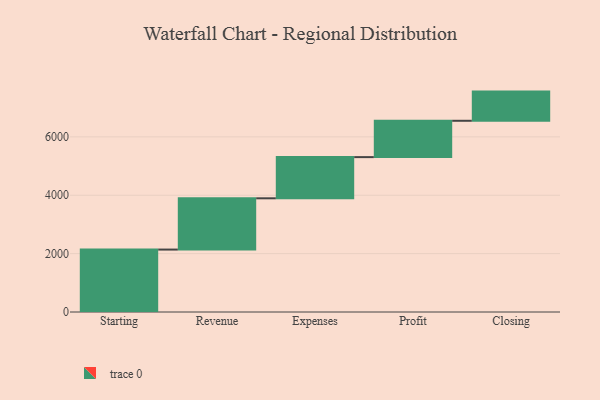
{"axis": {"x": "Step", "y": "Value"}, "legend": [""], "data": [{"x": "Starting", "y": 2139.0, "type": ""}, {"x": "Revenue", "y": 1757.0, "type": ""}, {"x": "Expenses", "y": 1411.0, "type": ""}, {"x": "Profit", "y": 1245.0, "type": ""}, {"x": "Closing", "y": 1000, "type": ""}]}